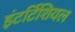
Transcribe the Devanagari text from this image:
इंटर्टिशियल